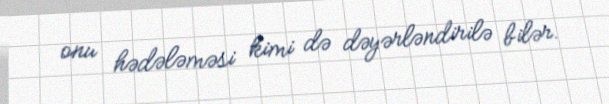
onu hədələməsi kimi də dəyərləndirilə bilər.